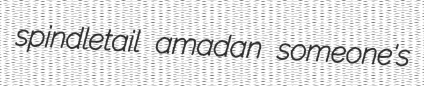
spindletail amadan someone's